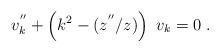
LaTeX: \begin{align*}v_k^{''} + \left(k^2 - (z^{''}/z)\right)~v_k =0 \; .\end{align*}